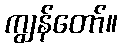
ကျွန်တော်။